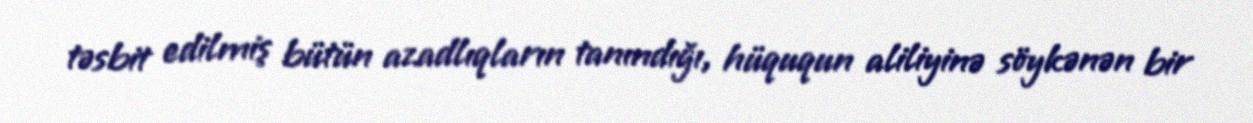
təsbit edilmiş bütün azadlıqların tanındığı, hüququn aliliyinə söykənən bir